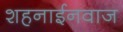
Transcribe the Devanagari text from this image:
शहनाईनवाज